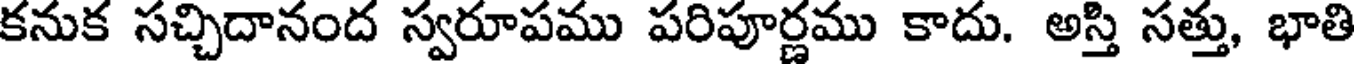
కనుక సచ్చిదానంద స్వరూపము పరిపూర్ణము కాదు. అస్తి సత్తు, భాతి